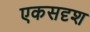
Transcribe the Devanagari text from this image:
एकसदृश